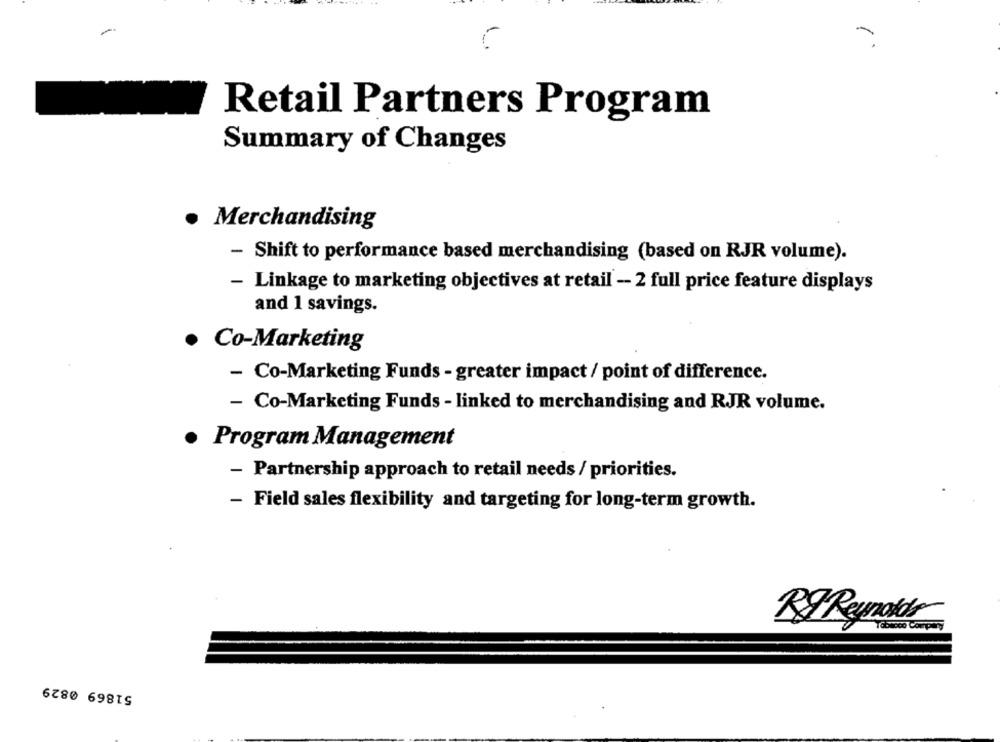
-
Retail Partners Program
Summary of Changes
.
Merchandising
- Shift to performance based merchandising (based on RJR volume).
- Linkage to marketing objectives at retail - 2 full price feature displays
and 1 savings.
· Co-Marketing
- Co-Marketing Funds - greater impact / point of difference.
- Co-Marketing Funds - linked to merchandising and RJR volume.
Program Management
- Partnership approach to retail needs / priorities.
- Field sales flexibility and targeting for long-term growth.
RG Reynolds
51869 0829